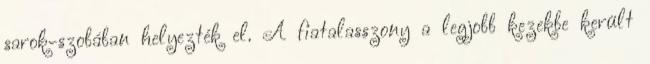
sarok-szobában helyezték el. A fiatalasszony a legjobb kezekbe került